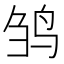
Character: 𬸅